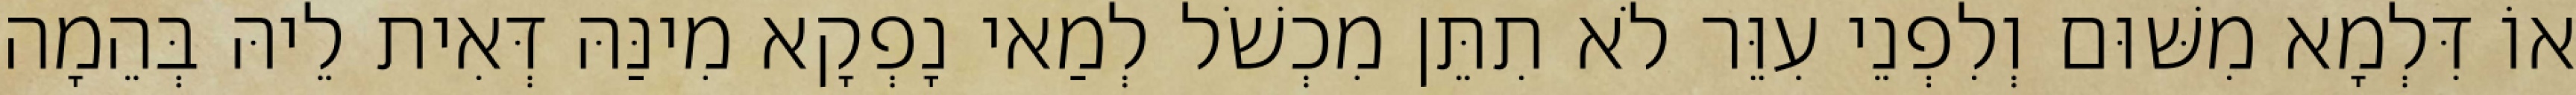
אוֹ דִּלְמָא מִשּׁוּם וְלִפְנֵי עִוֵּר לֹא תִתֵּן מִכְשֹׁל לְמַאי נָפְקָא מִינַּהּ דְּאִית לֵיהּ בְּהֵמָה